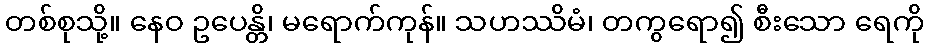
တစ်စုသို့။ နေဝ ဥပေန္တိ၊ မရောက်ကုန်။ သဟဿိမံ၊ တကွရော၍ စီးသော ရေကို